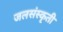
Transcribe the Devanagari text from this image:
जलसंस्कृती